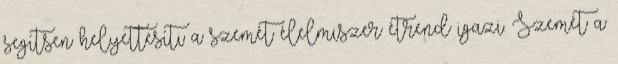
segítsen helyettesíti a szemét élelmiszer étrend igazi. Szemét a